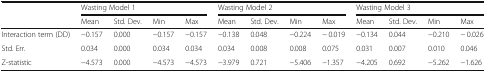
| <ROWSPAN=2>  | <COLSPAN=4> Wasting Model 1 | <COLSPAN=4> Wasting Model 2 | <COLSPAN=4> Wasting Model 3 |
 | Mean | Std. Dev. | Min | Max | Mean | Std. Dev. | Min | Max | Mean | Std. Dev. | Min | Max |
 | --- | --- | --- | --- | --- | --- | --- | --- | --- | --- | --- | --- | --- |
 | Interaction term (DD) | −0.157 | 0.000 | −0.157 | −0.157 | −0.138 | 0.048 | −0.224 | − 0.019 | −0.134 | 0.044 | −0.210 | − 0.026 |
 | Std. Err. | 0.034 | 0.000 | 0.034 | 0.034 | 0.034 | 0.008 | 0.008 | 0.075 | 0.031 | 0.007 | 0.010 | 0.046 |
 | Z-statistic | −4.573 | 0.000 | −4.573 | −4.573 | −3.979 | 0.721 | −5.406 | −1.357 | −4.205 | 0.692 | −5.262 | −1.626 |